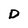
Character: D